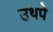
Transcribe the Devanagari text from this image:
उथपे